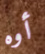
أوه